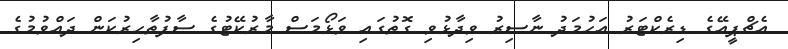
އެޗްޕީއޭގެ ޑިރެކްޓަރު އަހުމަދު ނާސިރު ވިދާޅުވި ގޮތުގައި ވަޅޯމަސް މާރުކޭޓުގެ ސާފުތާހިރުކަން ދައްވުމުގެ